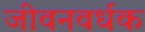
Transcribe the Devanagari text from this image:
जीवनवर्धक